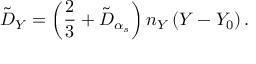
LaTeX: \tilde { D } _ { Y } = \left( \frac { 2 } { 3 } + \tilde { D } _ { \alpha _ { s } } \right) n _ { Y } \left( Y - Y _ { 0 } \right) .